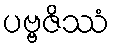
ပဗ္ဗဇိဿံ